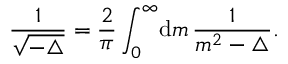
\frac { 1 } { \sqrt { - \triangle } } = \frac { 2 } { \pi } \int _ { 0 } ^ { \infty } \! { { \mathrm d } } m \, \frac { 1 } { m ^ { 2 } - \triangle } .